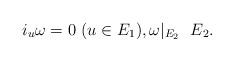
LaTeX: \begin{gather*}i_u\omega = 0\ (u\in E_1), \omega\vert_{E_2}\ \ E_2.\end{gather*}